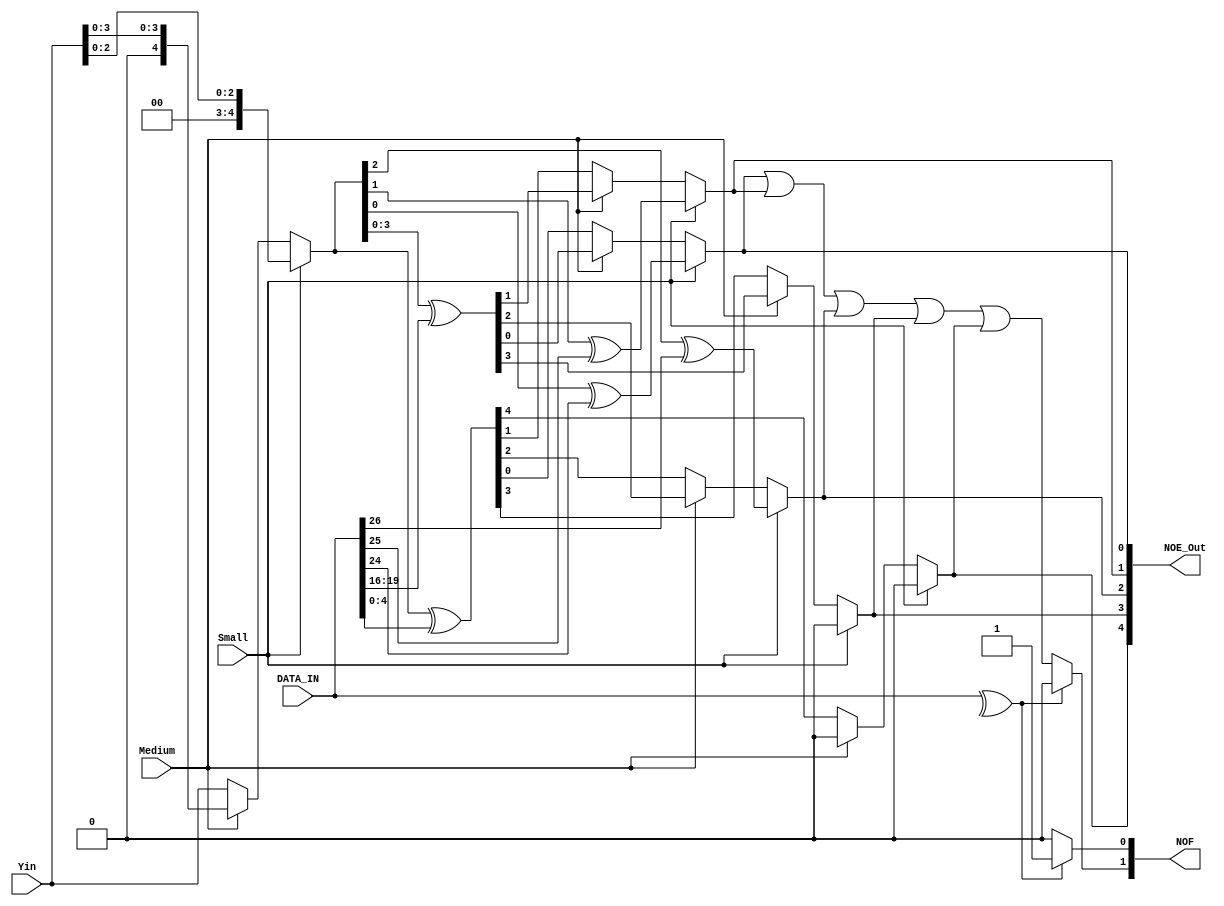
module Num_Of_Errors 
(
// input clk,
input [4:0] Yin, // Pirty from the encoder
input [31:0] DATA_IN, // Pirty from the data
input  Small,
input  Medium,
output reg [1:0] NOF , //Number of errors
output reg [4:0] NOE_Out  // telling what row to fix
);
reg [4:0] Prity_Y;
// reg [5:0] Prity_data;
reg [5:0] S;




always@(*) begin : Get_S // Cheking parity and size

  //============================================================//
    if(Small) 
		begin
		  	S[5] <= ^DATA_IN;

			S[4:3] <= 2'b00;
			S[2] <= Prity_Y[2]^DATA_IN[26];
			S[1] <= Prity_Y[1]^DATA_IN[25];
			S[0] <= Prity_Y[0]^DATA_IN[24];
		end
	else 
		if (Medium) 
			begin
			  	S[5] <= ^DATA_IN;

				S[4] <= 1'b0;
				S[3:0] <= Prity_Y[3:0]^DATA_IN[19:16];
			end
		else 
			begin
			  	S[5] <= ^DATA_IN;

				S[4:0] <= Prity_Y[4:0]^DATA_IN[4:0];
			end
end

//============================================================//
always @(*) begin : Check_Number_Of_Errors// Number of errors
  // if(rst) begin
  
    // NOE_Out <= S[4:0]; // Index of error
	//When S[5] is 1 we know theres at least 2 errors
	//else check if S0|..|S5 to know if theres 1 error or not
		if(S[5])
		begin
			// NOF[0] <= S[0] | S[1] | S[2] | S[3] | S[4] ;
			// NOF[1] <= 1'b0;
			NOF <= 2'b01 ; 
		end
		else
			begin
				NOF[0] <= S[5];
				NOF[1] <= S[0] | S[1] | S[2] | S[3] | S[4] ;
			end
   
  end
  
  always @(*) begin : Index_Of_Errors// Number of errors
  
    NOE_Out <= S[4:0]; // Index of error 
   
  end
  

  
always @(*) begin : Get_Both_Parities// Pirty Fixing, set the parity in the right index depending the data width(S/M/L)
		if(Small) 
			begin
				Prity_Y<={{2'b00},{Yin[2:0]}};
			end
		else 
			if (Medium) 
				begin
					Prity_Y<={{1'b0},{Yin[3:0]}};
				end
			else 
				begin
					Prity_Y<=Yin;
				end
	
end


endmodule